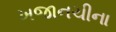
ખજાનચીના